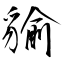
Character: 貐